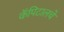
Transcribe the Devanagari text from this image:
कॅपिटालचे